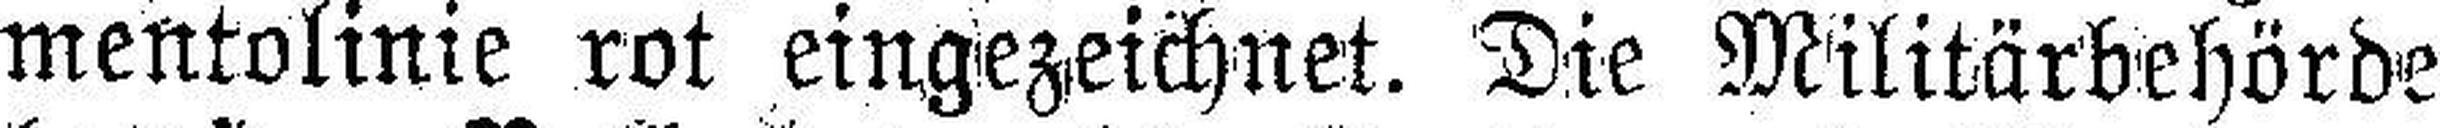
mentolinie rot eingezeichnet. Die Militärbehörde